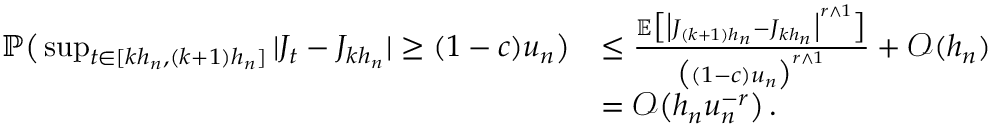
\begin{array} { r l } { \mathbb { P } \big ( \operatorname* { s u p } _ { \substack { t \in [ k h _ { n } , ( k + 1 ) h _ { n } ] } } | J _ { t } - J _ { k h _ { n } } | \ge ( 1 - c ) u _ { n } \big ) } & { \le \frac { \mathbb { E } \big [ \big | J _ { ( k + 1 ) h _ { n } } - J _ { k h _ { n } } \big | ^ { r \wedge 1 } \big ] } { \big ( ( 1 - c ) u _ { n } \big ) ^ { r \wedge 1 } } + \mathcal { O } ( h _ { n } ) } \\ & { = \mathcal { O } \big ( h _ { n } u _ { n } ^ { - r } \big ) \, . } \end{array}